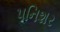
પનિશર